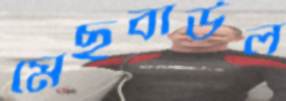
মেছবাউল